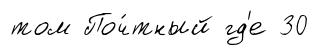
том Поч́тный гд'е 30